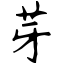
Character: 芽